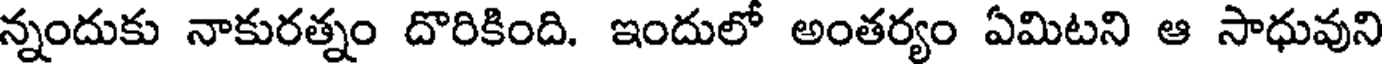
న్నందుకు నాకురత్నం దొరికింది. ఇందులో అంతర్యం ఏమిటని ఆ సాధువుని